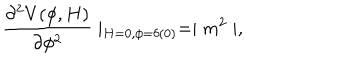
\frac { \partial ^ { 2 } V ( \phi , H ) } { \partial \phi ^ { 2 } } \mid _ { H = 0 , \phi = \delta ( 0 ) } = \mid m ^ { 2 } \mid ,